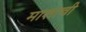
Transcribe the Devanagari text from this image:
माशाची